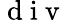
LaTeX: \mathrm{~d~i~v~}